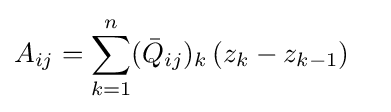
A_{ij}=\sum _{k=1}^{n}({\bar {Q}}_{ij})_{k}\left(z_{k}-z_{k-1}\right)\quad